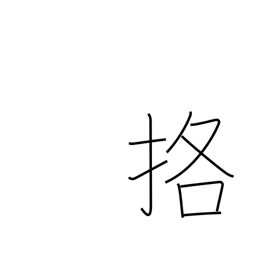
Meaning: fight